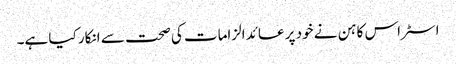
اسٹراس کاہن نے خود پر عائد الزامات کی صحت سے انکار کیا ہے۔